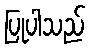
ပြုပါသည်